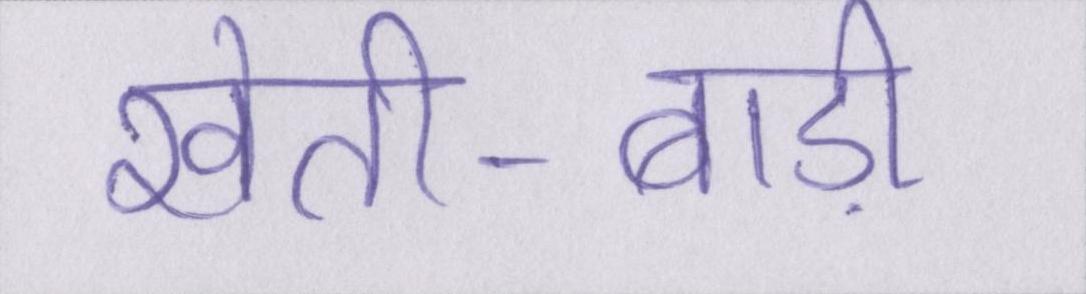
खेती-बाड़ी